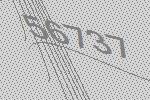
56737